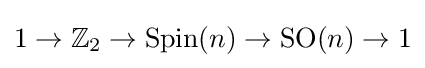
1\to \mathbb {Z} _{2}\to \operatorname {Spin} (n)\to \operatorname {SO} (n)\to 1